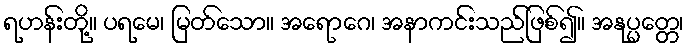
ရဟန်းတို့။ ပရမေ၊ မြတ်သော။ အရောဂေ၊ အနာကင်းသည်ဖြစ်၍။ အနုပ္ပတ္တေ၊